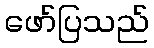
ဖော်ပြသည်